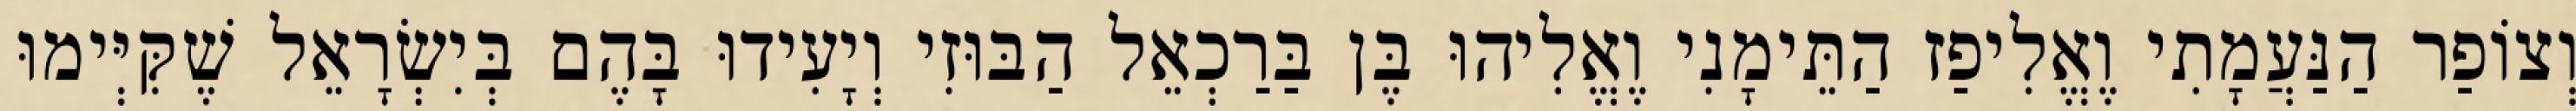
וְצוֹפַר הַנַּעֲמָתִי וֶאֱלִיפַז הַתֵּימָנִי וֶאֱלִיהוּ בֶּן בַּרַכְאֵל הַבּוּזִי וְיָעִידוּ בָּהֶם בְּיִשְׂרָאֵל שֶׁקִּיְּימוּ